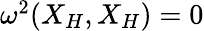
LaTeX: \begin{array}{r}{\omega^{2}(X_{H},X_{H})=0}\end{array}